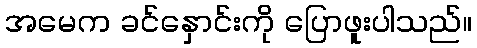
အမေက ခင်နှောင်းကို ပြောဖူးပါသည်။